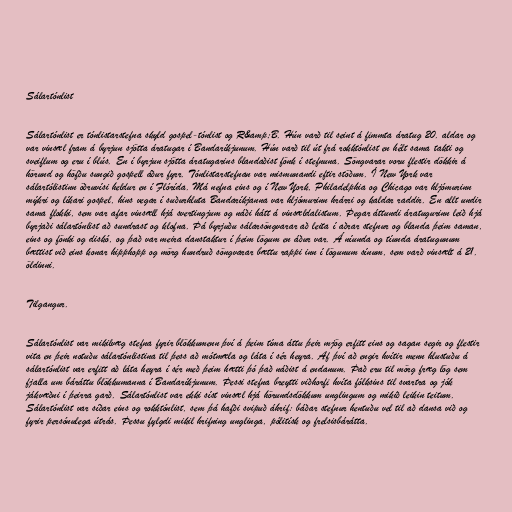
Sálartónlist

Sálartónlist er tónlistarstefna skyld gospel-tónlist og R&amp;B. Hún varð til seint á fimmta áratug 20. aldar og
var vinsæl fram á byrjun sjötta áratugar í Bandaríkjunum. Hún varð til út frá rokktónlist en hélt sama takti og
sveiflum og eru í blús. En í byrjun sjötta áratugarins blandaðist fönk í stefnuna. Söngvarar voru flestir dökkir á
hörund og höfðu sungið gospell áður fyrr. Tónlistarstefnan var mismunandi eftir stöðum. Í New York var
sálartólistinn öðruvísi heldur en í Flórída. Má nefna eins og í New York, Philadelphia og Chicago var hljómurinn
mýkri og líkari gospel, hins vegar í suðurhluta Bandaríkjanna var hljómurinn hrárri og kaldar raddir. En allt undir
sama flokki, sem var afar vinsæll hjá svertingjum og náði hátt á vinsældalistum. Þegar áttundi áratugurinn leið hjá
byrjaði sálartónlist að sundrast og klofna. Þá byrjuðu sálarsöngvarar að leita í aðrar stefnur og blanda þeim saman,
eins og fönki og diskó, og það var meira danstaktur í þeim lögum en áður var. Á níunda og tíunda áratugunum
bættist við eins konar hipphopp og mörg hundruð söngvarar bættu rappi inn í lögunum sínum, sem varð vinsælt á 21.
öldinni.

Tilgangur.

Sálartónlist var mikilvæg stefna fyrir blökkumenn því á þeim tíma áttu þeir mjög erfitt eins og sagan segir og flestir
vita en þeir notuðu sálartónlistina til þess að mótmæla og láta í sér heyra. Af því að engir hvítir menn hlustuðu á
sálartónlist var erfitt að láta heyra í sér með þeim hætti þó það náðist á endanum. Það eru til mörg fræg lög sem
fjalla um báráttu blökkumanna í Bandaríkjunum. Þessi stefna breytti viðhorfi hvíta fólksins til svartra og jók
jákvæðni í þeirra garð. Sálartónlist var ekki síst vinsæl hjá hörundsdökkum unglingum og mikið leikin teitum.
Sálartónlist var síðar eins og rokktónlist, sem þá hafði svipuð áhrif: báðar stefnur hentuðu vel til að dansa við og
fyrir persónulega útrás. Þessu fylgdi mikil hrifning unglinga, pólitísk og frelsisbárátta.